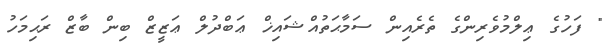
" ފަހުގެ ޢިލްމުވެރިންގެ ތެރެއިން ސަމާޙަތުއްޝައިޚް ޢަބްދުލް ޢަޒީޒް ބިން ބާޒް ރަޙިމަހު